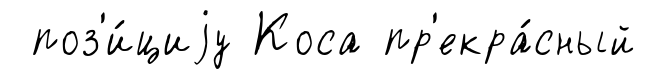
поз'и́циjу Коса пр'екра́сный